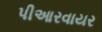
પીઆરવાયર